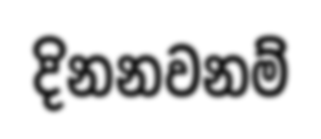
දිනනවනම්